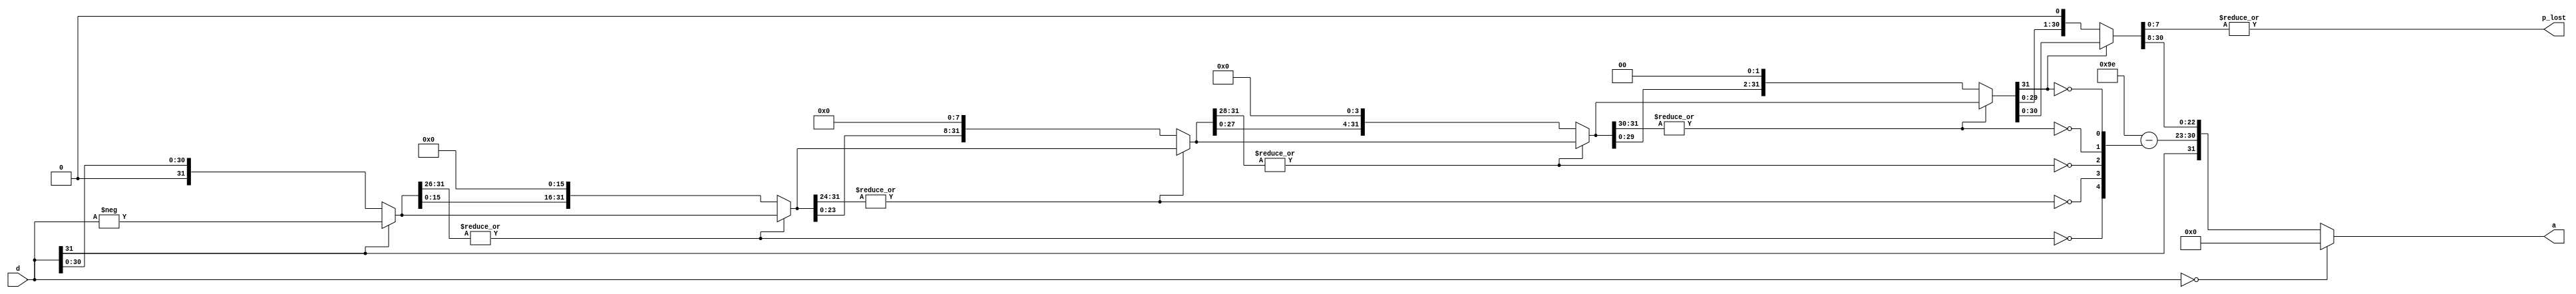
module Int_to_Float (d,a,p_lost); // convert integer to float
input wire [31:0] d; // integer
output wire [31:0] a; // float
output wire p_lost; // precision lost
wire sign = d[31]; // sign
wire [31:0] f5 = sign? -d : d; // absolute
wire [31:0] f4,f3,f2,f1,f0;
wire [4:0] sa; // shift amount (to 1.f)
assign sa[4] = ~|f5[31:26];
assign f4 = sa[4]? {f5[15:0],16'b0} : f5;
assign sa[3] =~|f4[31:24]; // 8-bit 0
assign f3 = sa[3]? {f4[23:0], 8'b0} : f4;
assign sa[2] =~|f3[31:28]; // 4-bit 0
assign f2 = sa[2]? {f3[27:0], 4'b0} : f3;
assign sa[1] =~|f2[31:30]; // 2-bit 0
assign f1 = sa[1]? {f2[29:0], 2'b0} : f2;
assign sa[0] =~f1[31]; // 1-bit 0
assign f0 = sa[0]? {f1[30:0], 1'b0} : f1;
assign p_lost = |f0[7:0]; // not 0
wire [22:0] fraction = f0[30:8]; // f0[31] = 1, hidden bit
wire [7:0] exponent = 8'h9e - {3'h0,sa}; // 0x9e = 158 = 127 + 31
assign a = (d == 0)? 0 : {sign,exponent,fraction};

endmodule